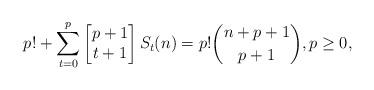
LaTeX: \begin{align*}p! + \sum_{t=0}^{p} \begin{bmatrix} p+1 \\ t+1 \end{bmatrix} S_t(n) = p! \binom{n+p+1}{p+1}, p\geq 0,\end{align*}